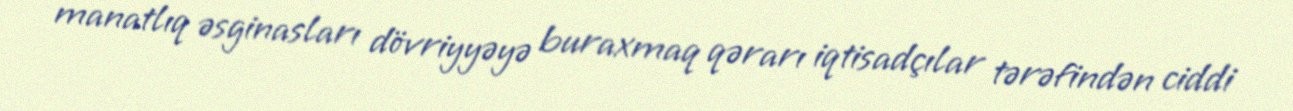
manatlıq əsginasları dövriyyəyə buraxmaq qərarı iqtisadçılar tərəfindən ciddi